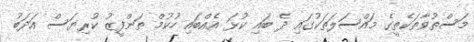
މަސްތުވާތަކެތީގެ މައްސަލަތަކުގައި ދެ ބައި ކުޅަ އެއްބައި ހުކުމް ތަންފީޒު ކުރިޔަސް އަދަބު